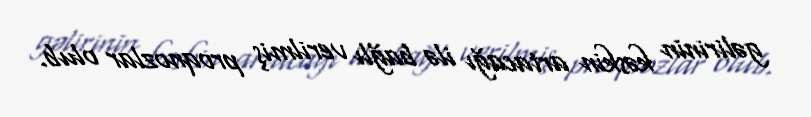
gəlirinin kəskin artacağı ilə bağlı verilmiş proqnozlar olub.